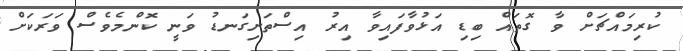
ކުރިމައްޗަށް ވާ ގޮތައް ބިޑި އަޅުވާފައިވާ އިރު އިސްތަށިގަނޑު ވަނީ ކޮންމެވެސް ވަރަކަށް